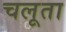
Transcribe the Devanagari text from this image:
चलूता